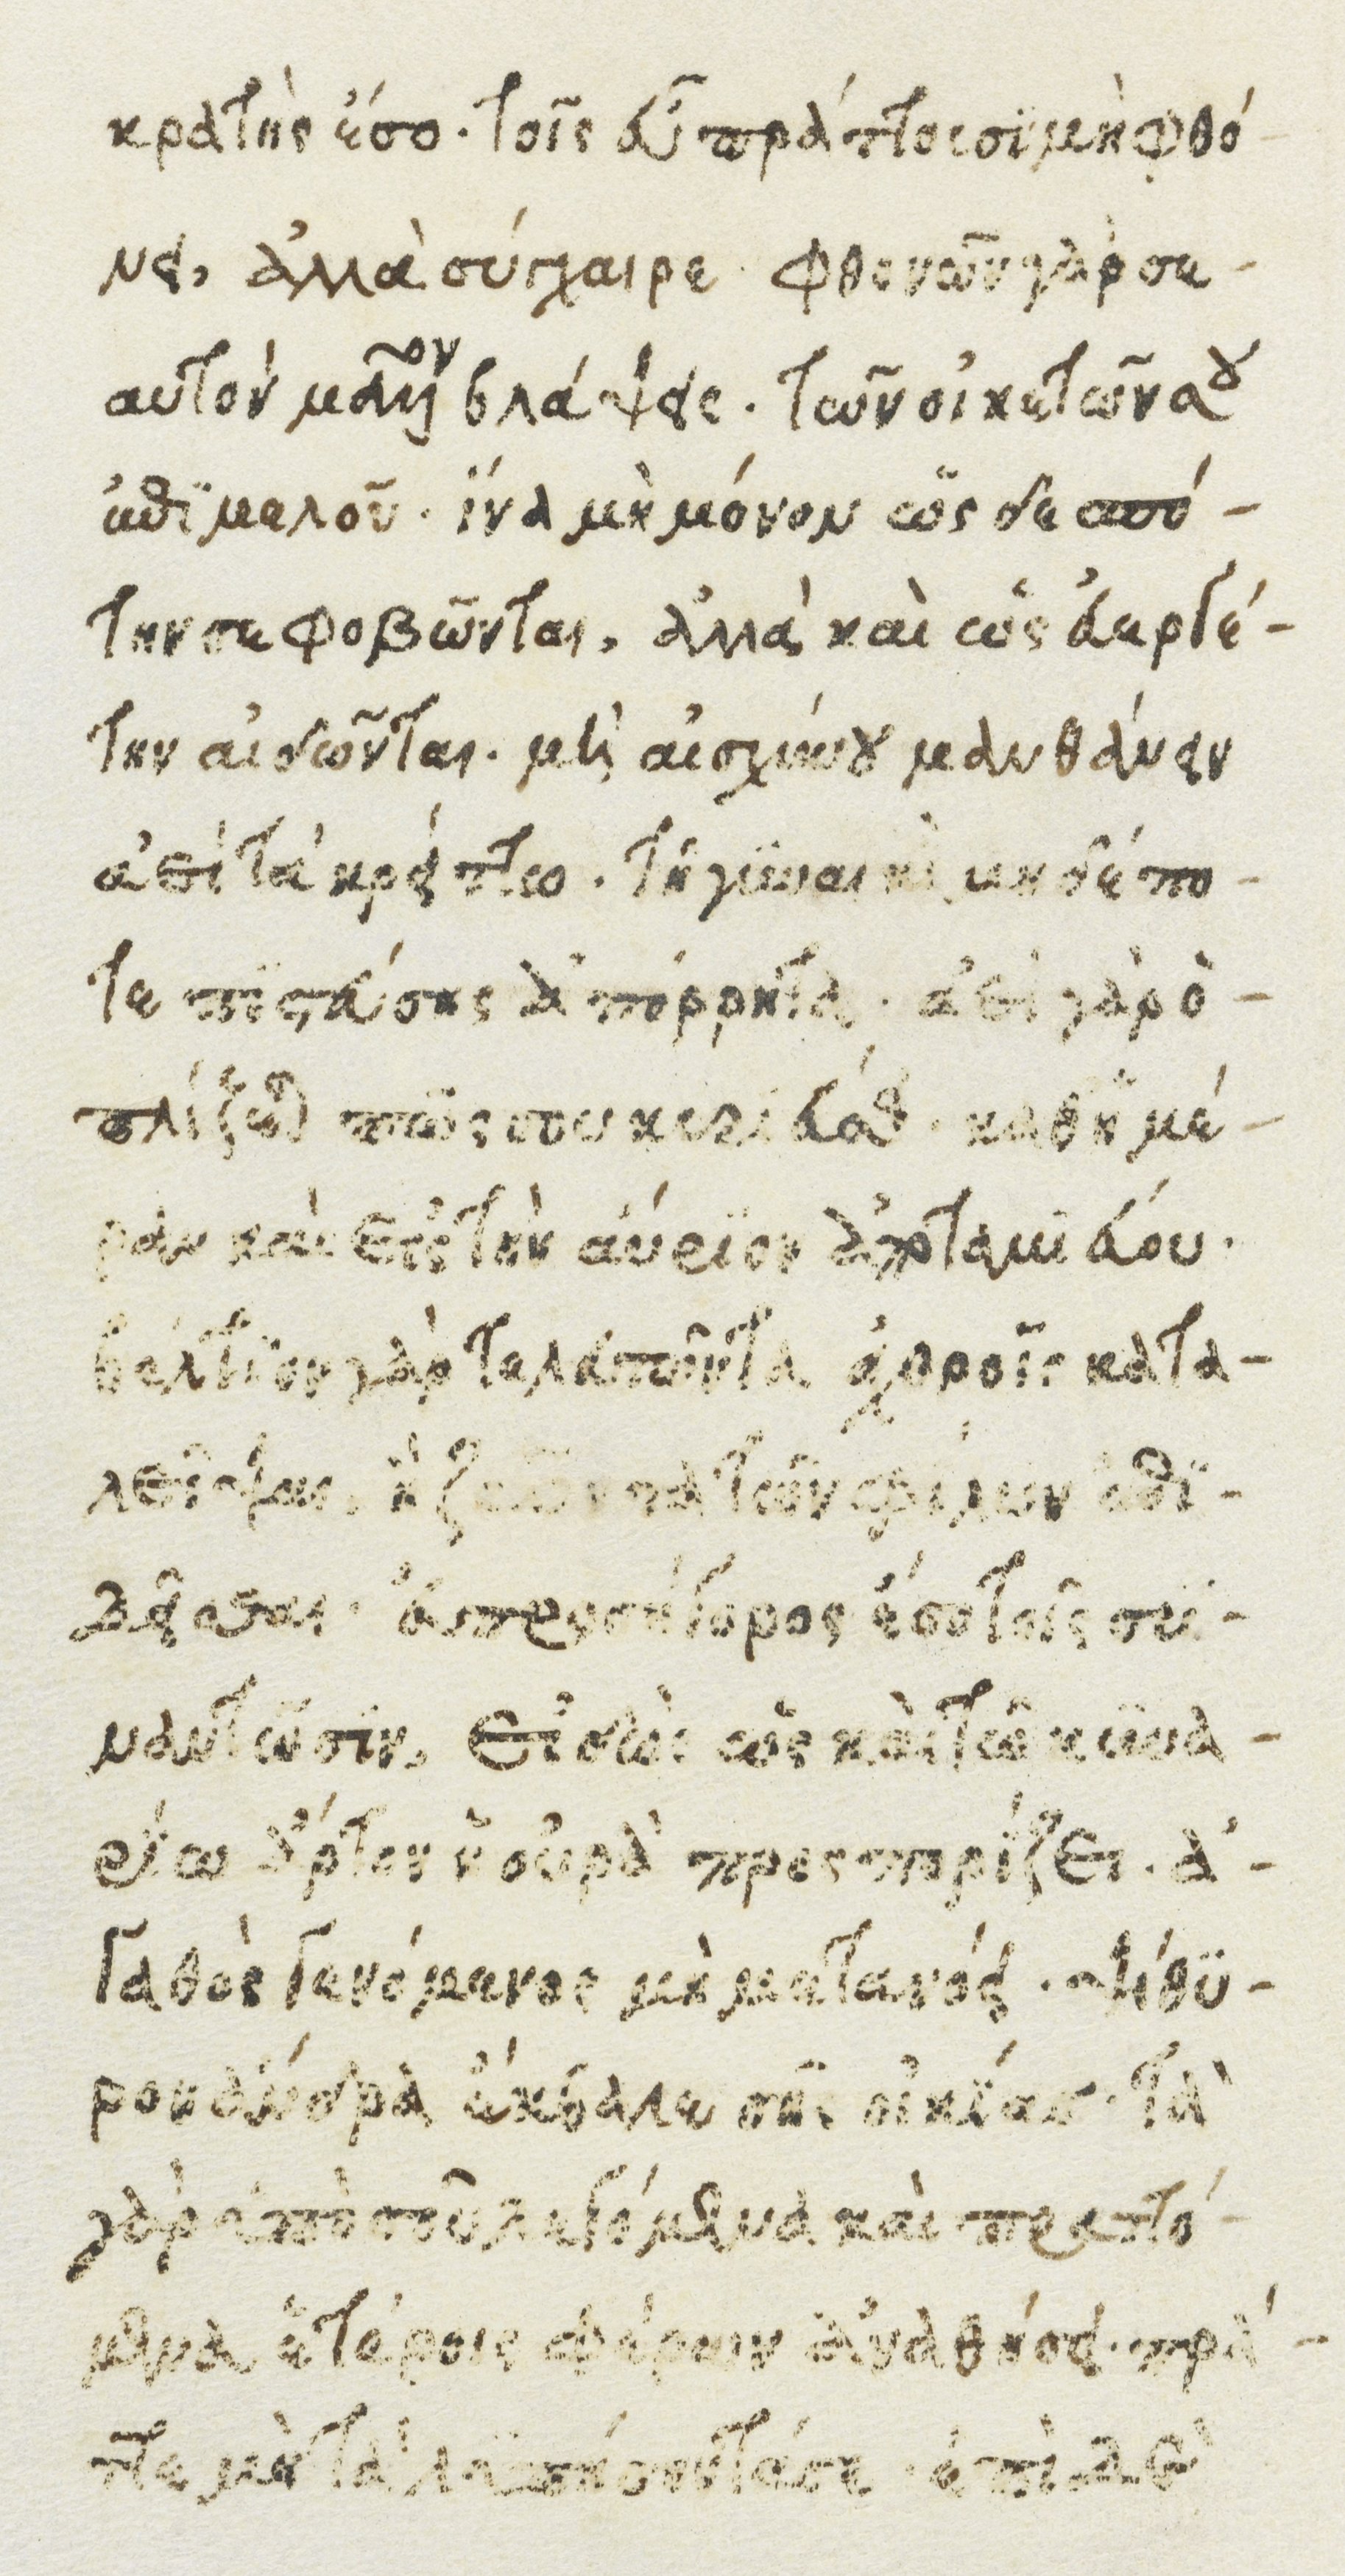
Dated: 1482–1485